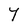
Character: Y